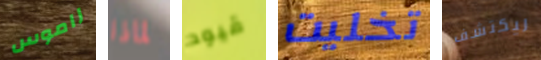
راموس لماذا قيود تخليت ليكتشف